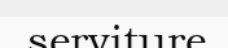
serviture